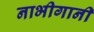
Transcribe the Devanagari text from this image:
नाभीगानी